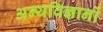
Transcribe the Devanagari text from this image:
अन्यविज्ञानों